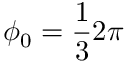
\phi _ { 0 } = \frac { 1 } { 3 } 2 \pi